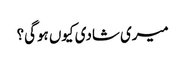
میری شادی کیوں ہوگی؟